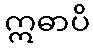
ဣဓာပိ